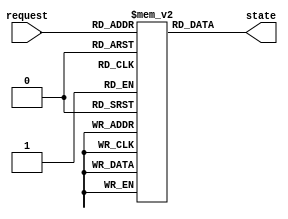
//                              -*- Mode: Verilog -*-
// Description     : LUT definition of the PRRA
// Last Modified By: Christophe Clienti
// Update Count    : 0
// Status          : Unknown, Use with caution!
// Copyright (C) 2013-2016 Christophe Clienti - All Rights Reserved

`timescale 1 ns / 100 ps

module prra_lut
  #(parameter WIDTH        = 4,
    parameter LOG2_WIDTH   = $clog2(WIDTH),
    parameter STATE_OFFSET = 0)

   (input wire [WIDTH-1:0]      request,
    output reg [LOG2_WIDTH-1:0] state);


   localparam lut_length = 2**WIDTH;


   integer j; // iterate in a lut
   integer k; // interate over bits of a specific lut index
   integer l; // rotate k;
   integer value;

   reg [WIDTH-1:0] lut_index;
   reg [LOG2_WIDTH-1:0] lut [lut_length-1:0];

   initial begin
      lut[0] = STATE_OFFSET[LOG2_WIDTH-1:0];

      for(j=1 ; j<lut_length ; j=j+1) begin

         lut_index = j[WIDTH-1:0];
         value = -1;

         //Looking for the first one bit
         //we starts at ((STATE_OFFSET+1) % WIDTH)
         for(k=0 ; k<WIDTH ; k=k+1) begin
            l = (k+STATE_OFFSET+1) % WIDTH;
            if(lut_index[l] == 1'b1) begin
               if(value == -1) value = l;
            end
         end

         lut[j] = value[LOG2_WIDTH-1:0];

      end
   end

   always @(*) begin
      state = lut[request];
   end

endmodule